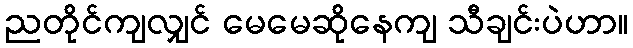
ညတိုင်ကျလျှင် မေမေဆိုနေကျ သီချင်းပဲဟာ။